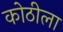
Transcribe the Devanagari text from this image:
कोठीला